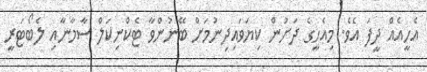
އެހީއެއް ދީފަ އެވެ. މިއެހީގެ ދަށުން ކިޔަވައިދިނުމަށް ބޭނުންވާ ޓެކްނިކަލް ސާމާނާއި ލެބޯޓަރީ